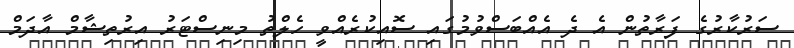
ސަރުކާރުގެ ފަރާތުން އެ ދެ އެއްބަސްވުމުގައި ސޮއިކުރެއްވީ ހެލްތު މިނިސްޓަރު އިރުތިޝާމް އާދަމް